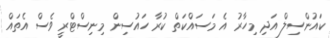
ކައުންސިލް އަދި މިހާރު އެ މަސައްކަތް ކުރާ ހައުސިން މިނިސްޓްރީ ވެސް އެތައް